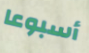
أسبوعا